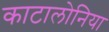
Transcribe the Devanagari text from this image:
काटालोनिया